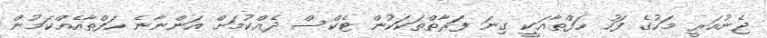
ޖެނުއަރީ މަހުގެ ފަހު ހަފްތާއަކީ ގިނަ ފަރާތްތަކަކުން ޓެކްސް ދެއްކުމަށް އަންނާނެ ހަފްތާއެއްކަމުން